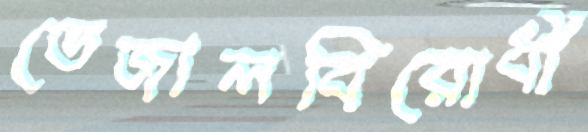
ভেজালবিরোধী